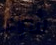
شراء